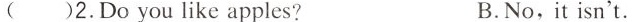
( )2.Do you like apples? B.No,it isn't.